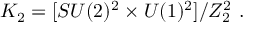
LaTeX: K _ { 2 } = [ S U ( 2 ) ^ { 2 } \times U ( 1 ) ^ { 2 } ] / Z _ { 2 } ^ { 2 } \ .